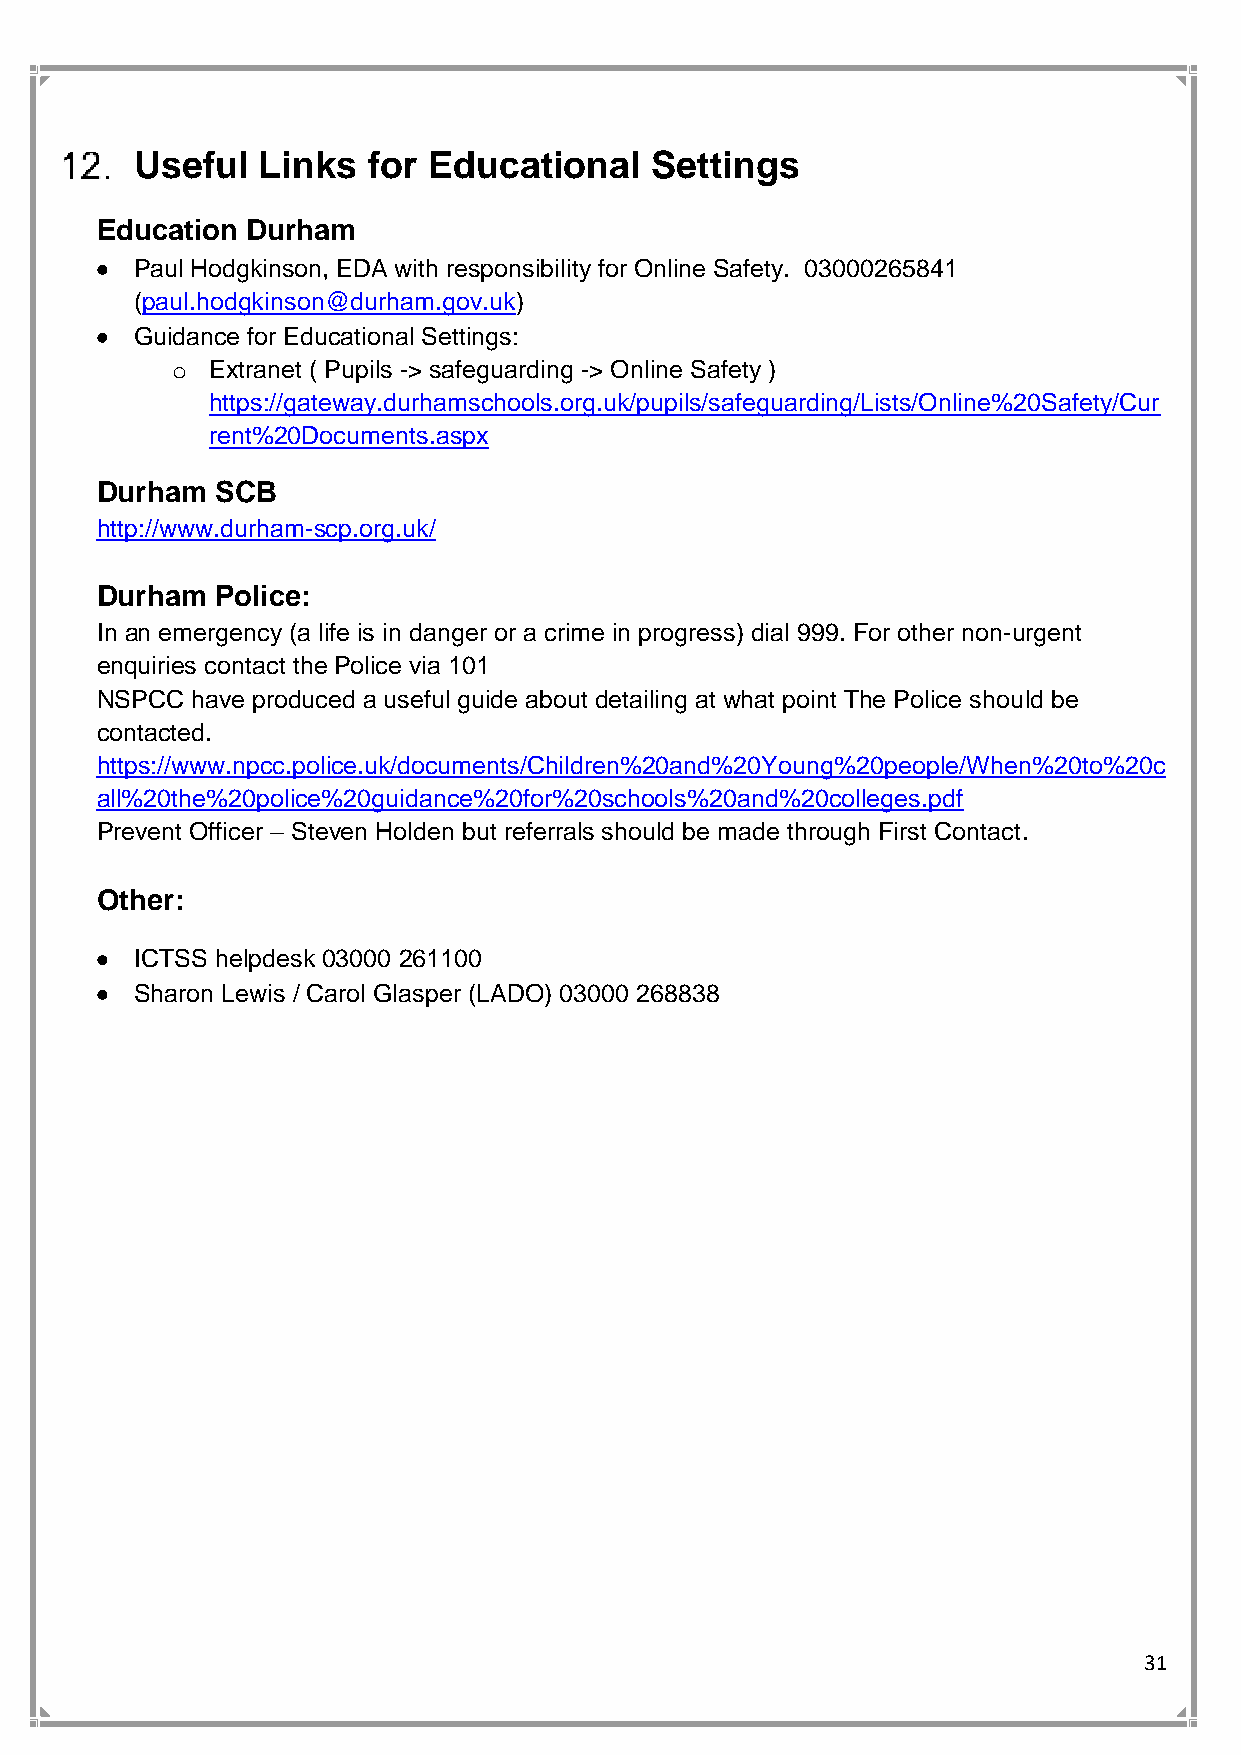
Useful  Links  for Educational    Settings
 Education Durham
 •  Paul Hodgkinson, EDA with responsibility for Online Safety. 03000265841
 (paul.hodgkinson@durham.gov.uk)
 •  Guidance for Educational Settings:
 o  Extranet ( Pupils -> safeguarding -> Online Safety )
 https://gateway.durhamschools.org.uk/pupils/safeguarding/Lists/Online%20Safety/Cur
 rent%20Documents.aspx
 Durham  SCB
 http://www.durham-scp.org.uk/
 Durham  Police:
 In an emergency (a life is in danger or a crime in progress) dial 999. For other non-urgent
 enquiries contact the Police via 101
 NSPCC  have produced a useful guide about detailing at what point The Police should be
 contacted.
 https://www.npcc.police.uk/documents/Children%20and%20Young%20people/When%20to%20c
 all%20the%20police%20guidance%20for%20schools%20and%20colleges.pdf
 Prevent Officer – Steven Holden but referrals should be made through First Contact.
 Other:
 •  ICTSS helpdesk 03000 261100
 •  Sharon Lewis / Carol Glasper (LADO) 03000 268838
 31